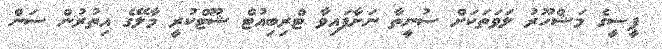
ޕީސީގެ މަޝްހޫރު ލަވަތަކަށް ސުނީތާ ނަށާފައިވާ ޓްރިބިއުޓް ޝޫޓްކުރީ މާލޭގެ އިތުރުން ސަން